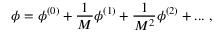
\phi = \phi ^ { ( 0 ) } + \frac { 1 } { M } \phi ^ { ( 1 ) } + \frac { 1 } { M ^ { 2 } } \phi ^ { ( 2 ) } + . . . \; ,